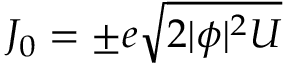
J _ { 0 } = \pm e \sqrt { 2 | \phi | ^ { 2 } U }